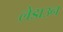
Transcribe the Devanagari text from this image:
लेडाउन